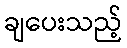
ချပေးသည့်